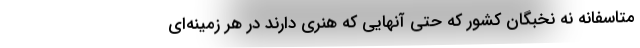
متاسفانه نه نخبگان کشور که حتی آنهایی که هنری دارند در هر زمینه‌ای